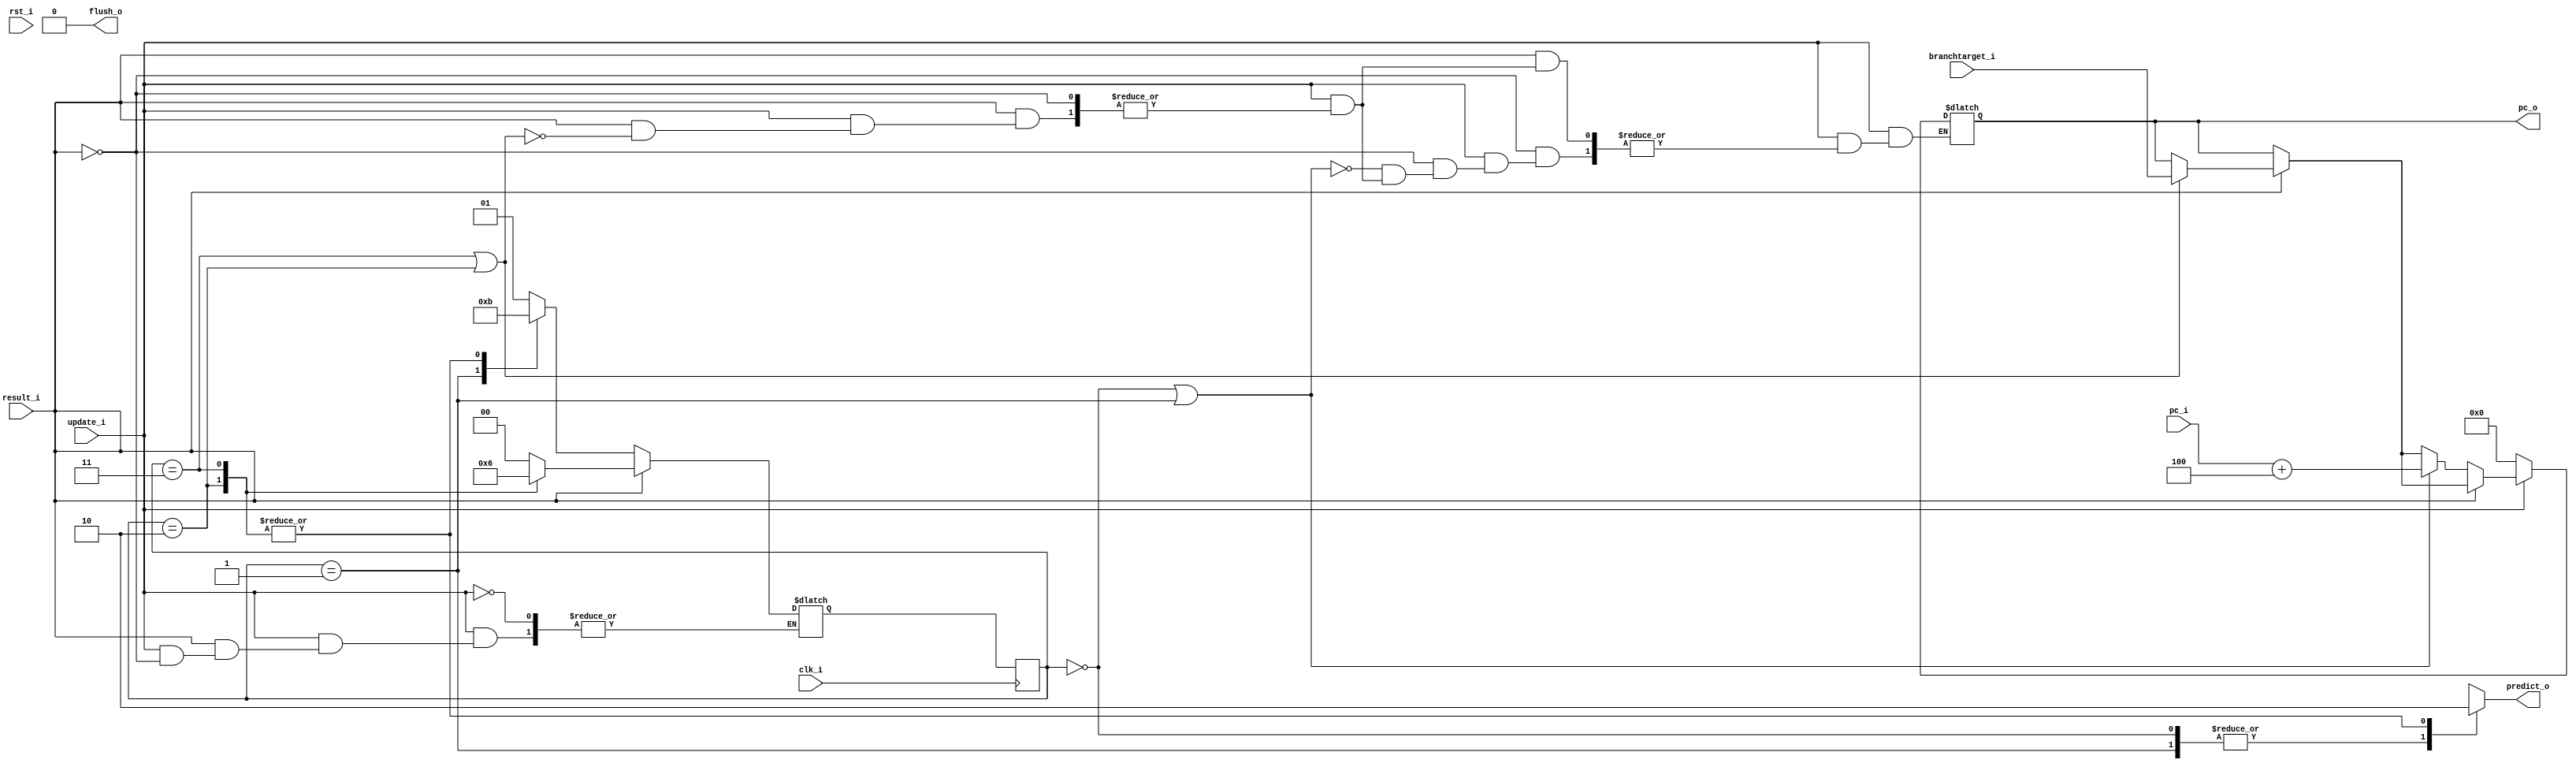
module branch_predictor
(
    clk_i, 
    rst_i,
    update_i,
	result_i,
    pc_i,
    branchtarget_i,
	predict_o,
    flush_o,
    pc_o
);
input clk_i, rst_i, update_i, result_i;
input [31:0] pc_i,branchtarget_i;
output predict_o,flush_o;
output reg [31:0] pc_o;

// TODO

reg [1:0] state,statetemp;
reg flush_r,predict_r;
assign flush_o=flush_r,predict_o=predict_r;
initial begin
    state=00;
    statetemp=00;
    predict_r=1'b1;
    flush_r=1'b0;
end

always @ (update_i or result_i) begin
    if(update_i) begin
        if(result_i==1) begin
            case(state)
                2'b00: statetemp=2'b00;
                2'b01: statetemp=2'b00;
                2'b10: statetemp=2'b01;
                2'b11: statetemp=2'b10;
            endcase
            if(state==2'b11 || state==2'b10)begin
                flush_r=1'b1;
                pc_o=branchtarget_i;
            end
            else flush_r=0;
            $display("a");
        end
        if(result_i==0) begin
            case(state)
                2'b00: statetemp=2'b01;
                2'b01: statetemp=2'b10;
                2'b10: statetemp=2'b11;
                2'b11: statetemp=2'b11;
            endcase
            if(state==2'b00 ||state== 2'b01) begin
                flush_r=1'b1;
                pc_o=pc_i+4;
            end
            $display("b");
            
        end

    end
    else begin //not branching
        flush_r=1'b0;
        pc_o=0;
    end
    case(state)
        2'b00: predict_r=1'b1;
        2'b01: predict_r=1'b1;
        2'b10: predict_r=1'b0;
        2'b11: predict_r=1'b0;
    endcase
end
always @ (posedge clk_i) begin
    state<=statetemp;
    flush_r=0;
end



endmodule